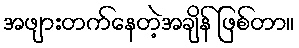
အဖျားတက်နေတဲ့အချိန် ဖြစ်တာ။